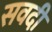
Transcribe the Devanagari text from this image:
सवदी